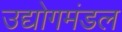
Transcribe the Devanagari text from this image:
उद्योगमंडल